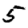
Digit: 5